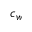
c _ { w }